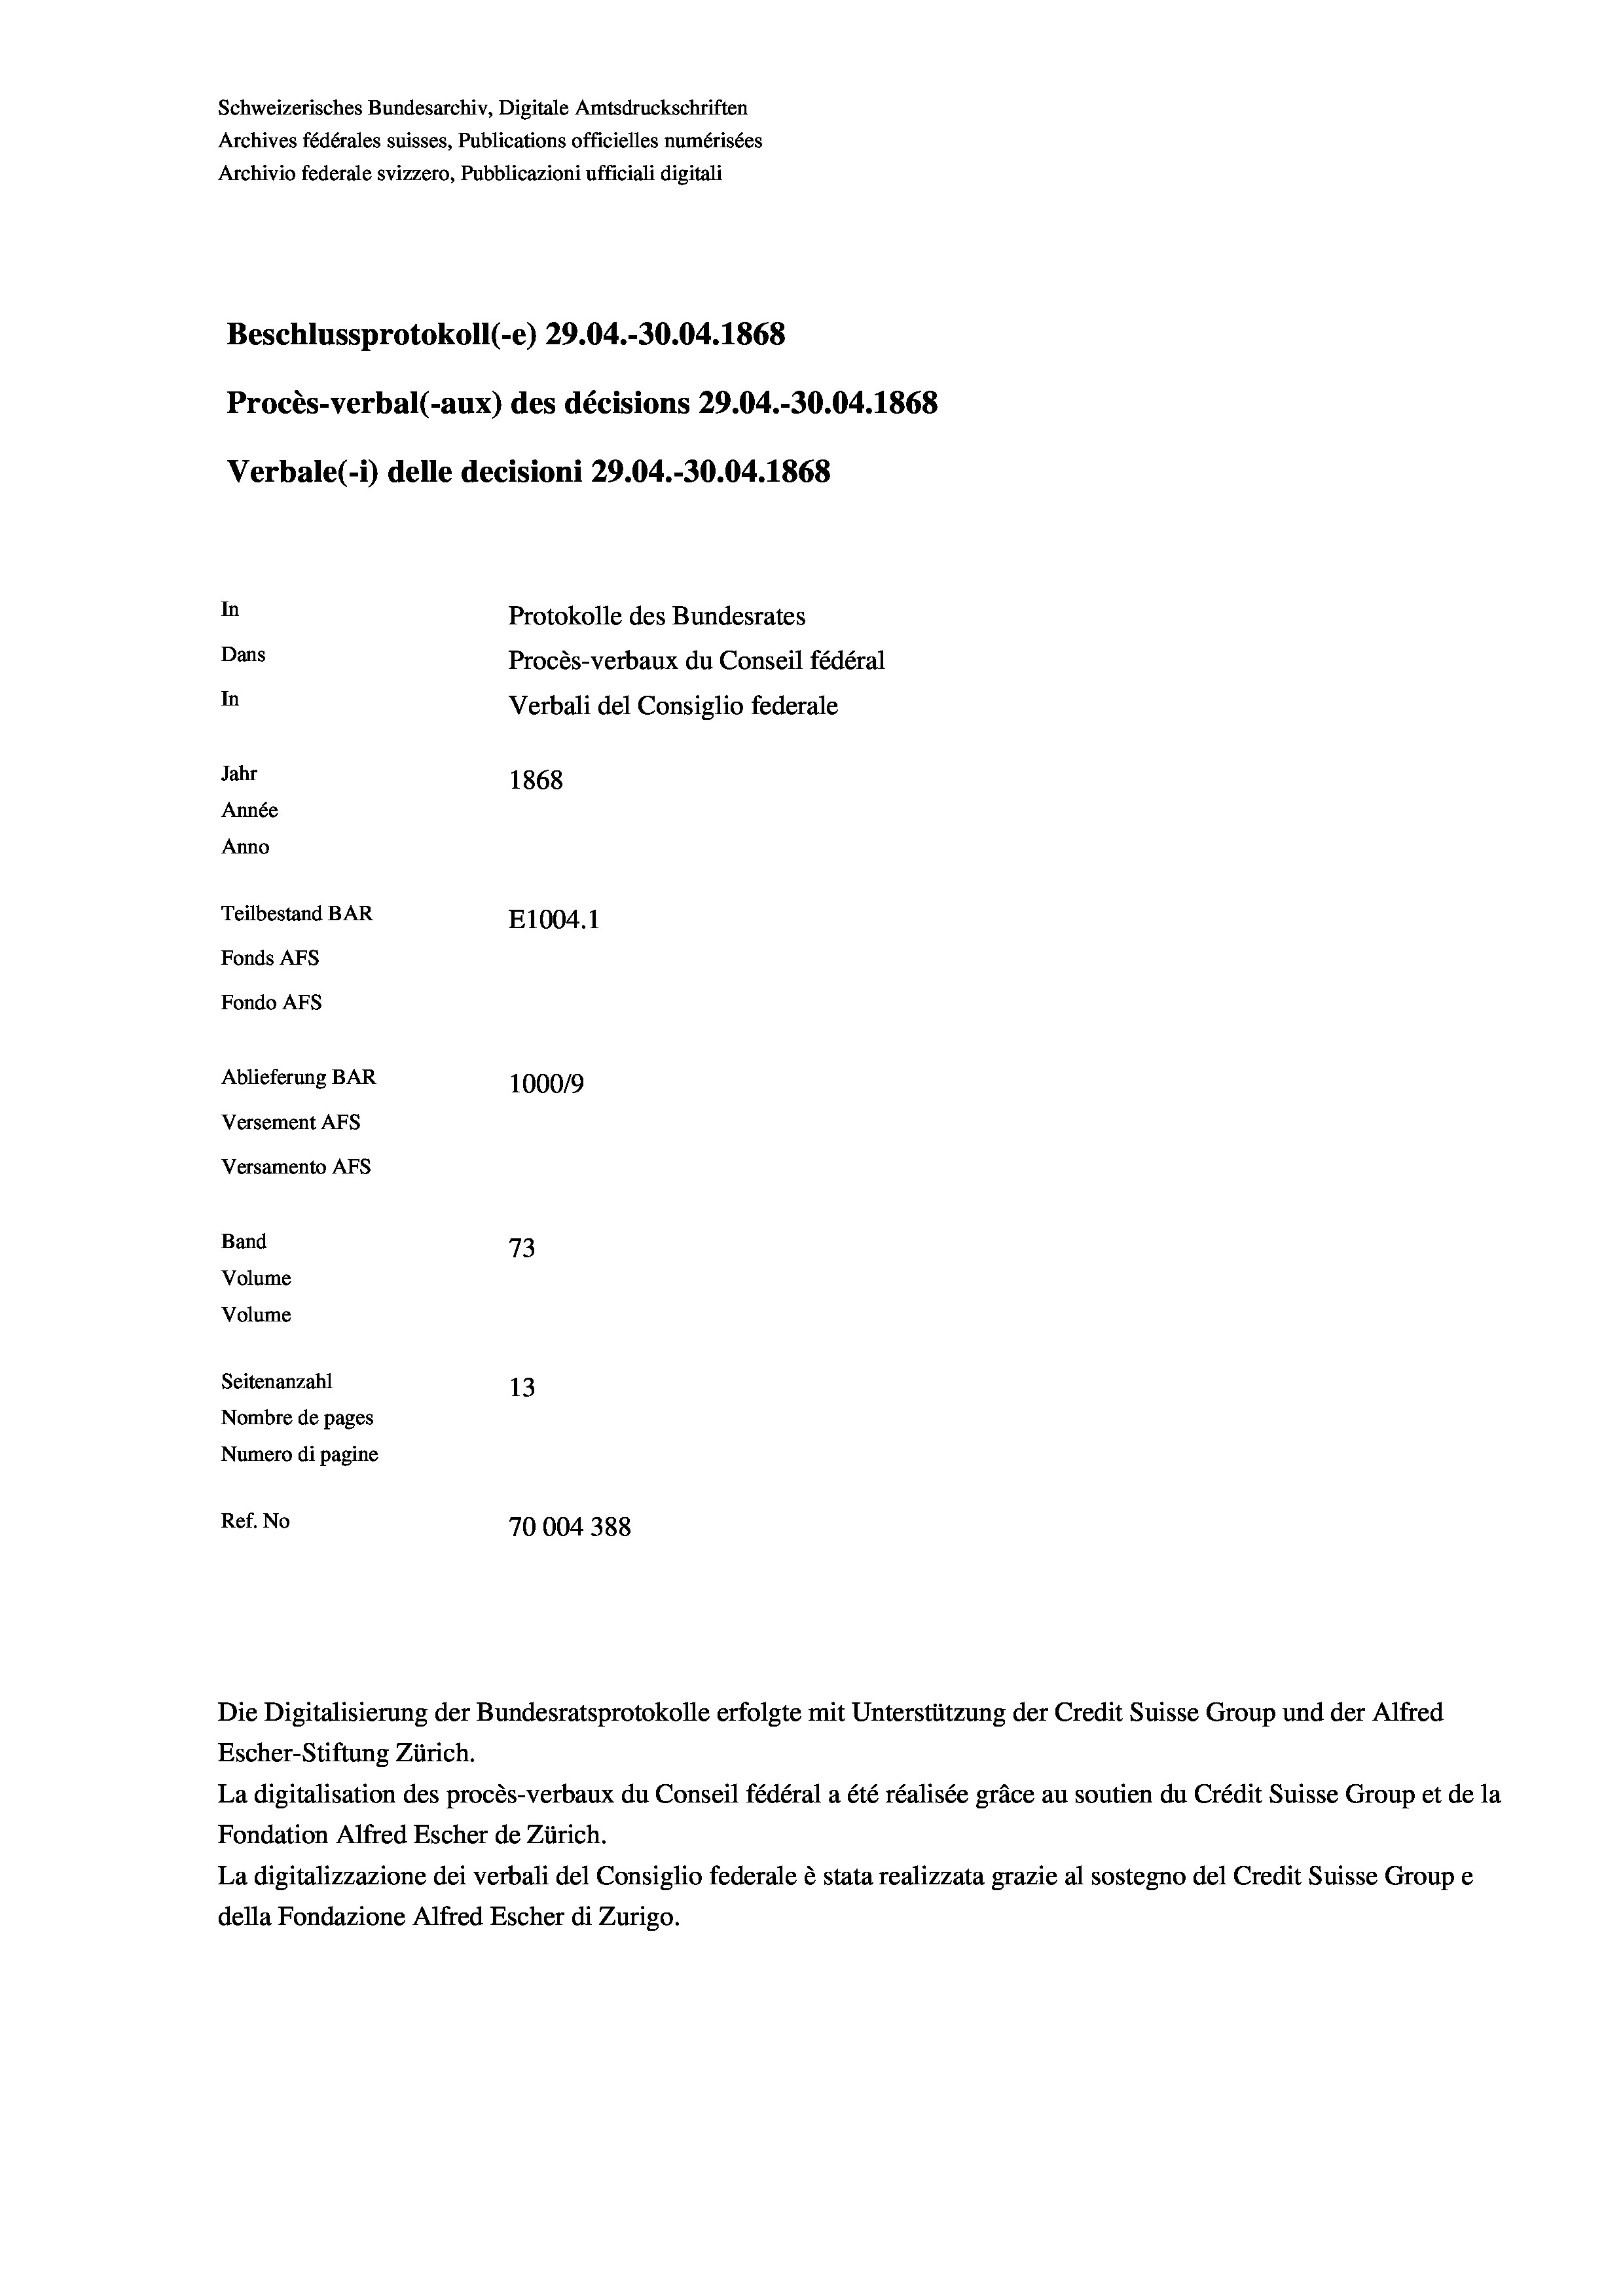
Schweizerisches Bundesarchiv, Digitale Amtsdruckschriften
Archives fédérales suisses, Publications officielles numérisées
Archivio federale svizzero, Pubblicazioni ufficiali digitali
Beschlussprotokoll (-e) 29.04.-30.04. 1868
Procès-verbal (-aux) des décisions 29.04.-30.04. 1868
Verbale (i) delle decisioni 29.04.-30.04. 1868
In
Protokolle des Bundesrates
Dans
Procès-verbaux du Conseil fédéral
In
Verbali del Consiglio federale
Jahr
1868
Année
Anno
Teilbestand BAR
E1004. 1
Fonds AFs
Fondo Afs
Ablieferung BAR
1000/9
Versement AFs
Versamento Afs
Band
73
Volume
Volume
Seitenanzahl
13
Nombre de pages
Numero di pagine

Ref. No
70004 388

Escher-Stiftung Zürich.
La digitalisation des procès-verbaux du Conseil fédéral a été réalisée gräce au soutien du Crédit Suisse Group et de la
Fondation Alfred Escher de Zürich.
La digitalizzazione dei verbali del Consiglio federale è stata realizzata grazie al sostegno del Credit Suisse Groupe
della Fondazione Alfred Escher di Zurigo.

Die Digitalisierung der Bundesratsprotokolle erfolgte mit Unterstützung der Credit Suisse Group und der Alfred